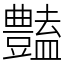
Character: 𧰟